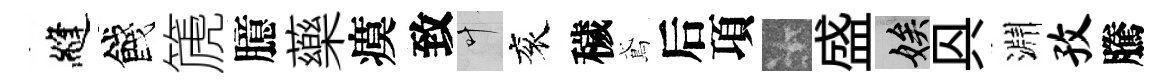
縫餞篪臆藥瘼致叶衮穢鳶后項卡盛娭㒷淵孜騰